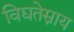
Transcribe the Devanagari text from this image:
विद्यतेस्नाय